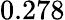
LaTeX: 0.278